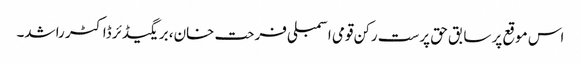
اس موقع پر سابق حق پرست رکن قومی اسمبلی فرحت خان، بریگیڈئر ڈاکٹر راشد۔